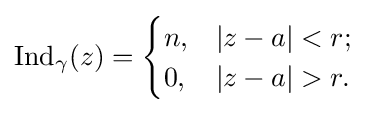
\mathrm {Ind} _{\gamma }(z)={\begin{cases}n,&|z-a|<r;\\0,&|z-a|>r.\end{cases}}